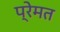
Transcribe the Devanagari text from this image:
प्रेमत